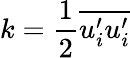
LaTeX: k=\frac{1}{2}\overline{{u_{i}^{\prime}u_{i}^{\prime}}}